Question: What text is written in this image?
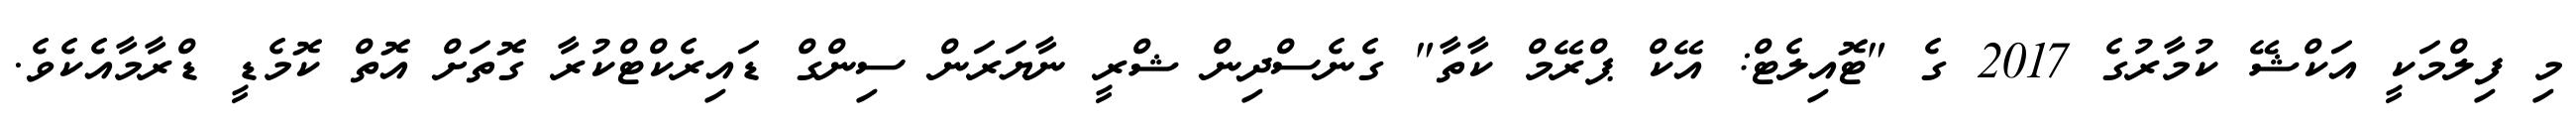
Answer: މި ފިލްމަކީ އަކްޝޭ ކުމާރުގެ 2017 ގެ "ޓޮއިލެޓް: އޭކް ޕްރޭމް ކާތާ" ގެނެސްދިން ޝްރީ ނާޔަރަން ސިންގް ޑައިރެކްޓްކުރާ ގޮތަށް އޮތް ކޮމެޑީ ޑްރާމާއެކެވެ.